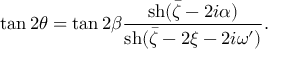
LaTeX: \tan 2 \theta = \tan 2 \beta \frac { \mathrm { s h } ( \bar { \zeta } - 2 i \alpha ) } { \mathrm { s h } ( \bar { \zeta } - 2 \xi - 2 i \omega ^ { \prime } ) } .